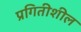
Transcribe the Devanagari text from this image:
प्रगितीशील